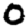
Digit: 0